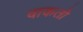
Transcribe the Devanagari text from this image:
वाकतो